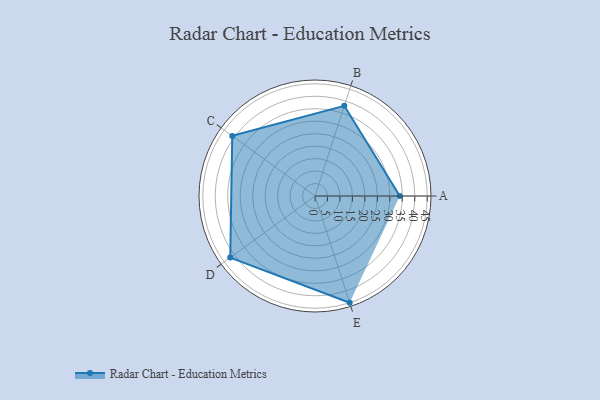
{"axis": {"x": "Skill", "y": "Score"}, "legend": ["Profile"], "data": [{"x": "A", "y": 34.0, "type": "Profile"}, {"x": "B", "y": 38.0, "type": "Profile"}, {"x": "C", "y": 41.0, "type": "Profile"}, {"x": "D", "y": 42.0, "type": "Profile"}, {"x": "E", "y": 45.0, "type": "Profile"}]}